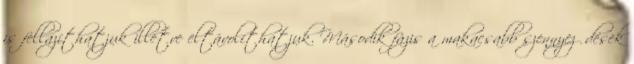
is fellazíthatjuk illetve eltávolíthatjuk. Második fázis a makacsabb szennyeződések